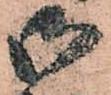
御